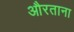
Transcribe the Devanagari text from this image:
औरताना